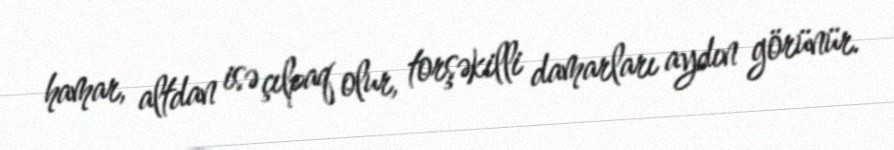
hamar, altdan isə çılpaq olur, torşəkilli damarları aydın görünür.